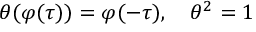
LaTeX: \theta ( \varphi ( \tau ) ) = \varphi ( - \tau ) , \quad \theta ^ { 2 } = 1